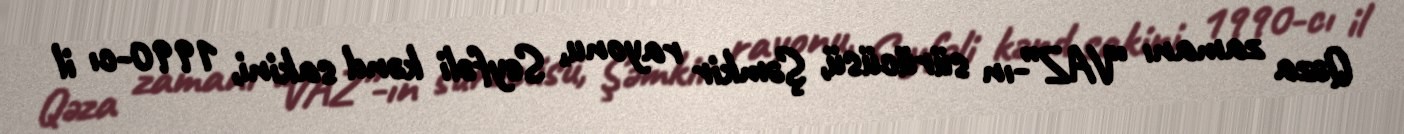
Qəza zamanı “VAZ”-ın sürücüsü, Şəmkir rayonu, Seyfəli kənd sakini, 1990-cı il